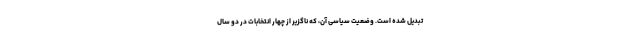
تبدیل شده است. وضعیّت سیاسی آن، که ناگزیر از چهار انتخابات در دو سال